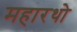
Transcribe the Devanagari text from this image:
महारथो